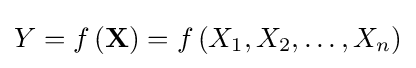
Y=f\left(\mathbf {X} \right)=f\left(X_{1},X_{2},\dots ,X_{n}\right)